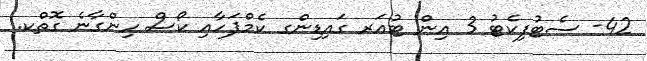
42- ސެޓުފިކެޓު 3 އިން ޓުއަރ ގައިޑިންގ ކެމްޕަހާއި ކޯސް ހިންގާނެ ގޮތްކ.